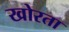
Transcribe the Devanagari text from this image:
खोरता